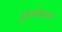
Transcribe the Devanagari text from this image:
एक्रोस्टार